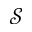
\mathcal { S }